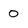
Character: o